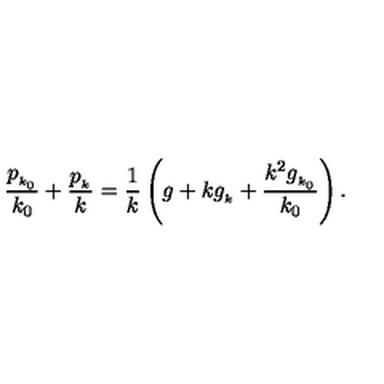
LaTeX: \frac { p _ { _ { k _ { 0 } } } } { k _ { 0 } } + \frac { p _ { _ k } } { k } = \frac { 1 } { k } \left( g + k g _ { _ k } + \frac { k ^ { 2 } g _ { _ { k _ { 0 } } } } { k _ { 0 } } \right) .